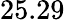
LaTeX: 25.29